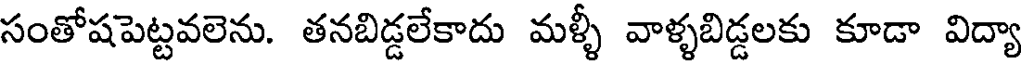
సంతోషపెట్టవలెను. తనబిడ్డలేకాదు మళ్ళీ వాళ్ళబిడ్డలకు కూడా విద్యా